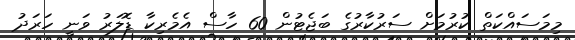
މިމަސައްކަތް ކުރުމަށް ސަރުކާރުގެ ބަޖެޓުން 60 ހާސް އެމެރިކާ ޑޮލަރު ވަނީ ހަރަދު